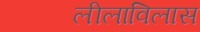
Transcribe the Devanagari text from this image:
लीलाविलास